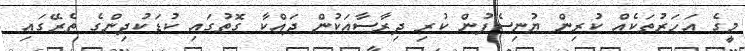
މީގެ އަހަރުތަކެއް ކުރިން ޔުނިސެފުން ކުރި ދިރާސާއަކުން ދައްކާ ގޮތުގައި ކުޑަކުދިންގެ ތެރޭގައި